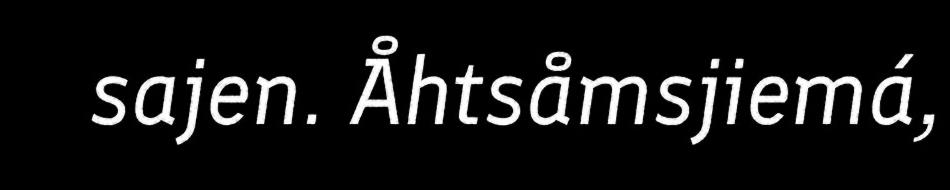
sajen. Åhtsåmsjiemá,